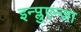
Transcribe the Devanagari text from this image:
इन्प्लुएन्जा